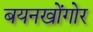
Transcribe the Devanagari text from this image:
बयनखोंगोर